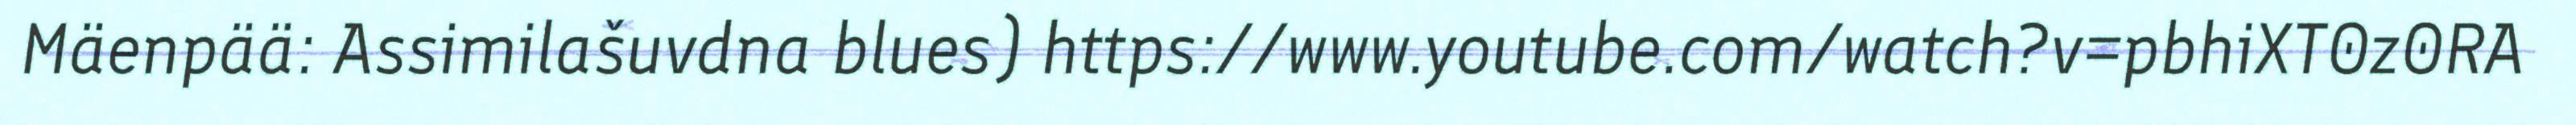
Mäenpää: Assimilašuvdna blues) https://www.youtube.com/watch?v=pbhiXT0z0RA